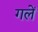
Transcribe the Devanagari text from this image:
गलें